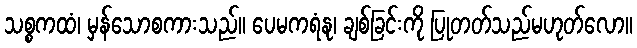
သစ္စကထံ၊ မှန်သောစကားသည်။ ပေမကရံနု၊ ချစ်ခြင်းကို ပြုတတ်သည်မဟုတ်လော။